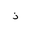
Letter: _thal